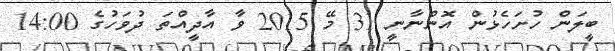
ބީލަން ހުށަހެޅުން އޮންނާނީ 31 މޭ 2015 ވާ އާދީއްތަ ދުވަހުގެ 14:00